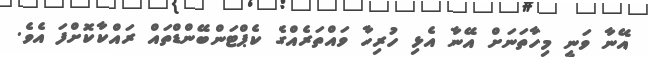
އޭނާ ވަނީ މިހާތަނަށް އޭނާ އެޅި ހުރިހާ ވައްތަރެއްގެ ކެޕްޓަންބޭންޑްތައް ރައްކާކޮށްފަ އެވެ.